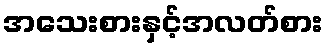
အသေးစားနှင့်အလတ်စား